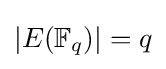
|E(\mathbb {F} _{q})|=q